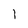
Character: I